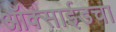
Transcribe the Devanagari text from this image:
ऑक्साईडचा